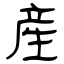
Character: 産